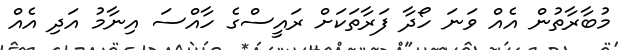
މުބާރާތުން އެއް ވަނަ ހޯދާ ފަރާތަކަށް ރައީސްގެ ހާއްސަ އިނާމު އަދި އެއް